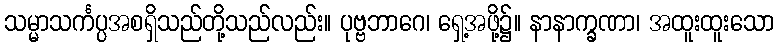
သမ္မာသင်္ကပ္ပအစရှိသည်တို့သည်လည်း။ ပုဗ္ဗဘာဂေ၊ ရှေ့အဖို့၌။ နာနာက္ခဏာ၊ အထူးထူးသော